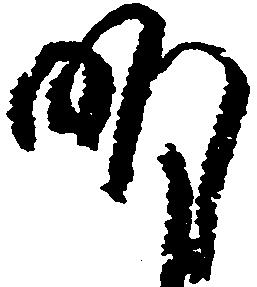
明